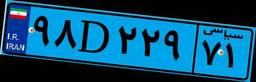
۹۸D۲۲۹۷۱